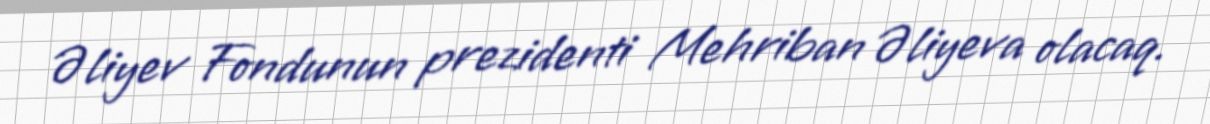
Əliyev Fondunun prezidenti Mehriban Əliyeva olacaq.